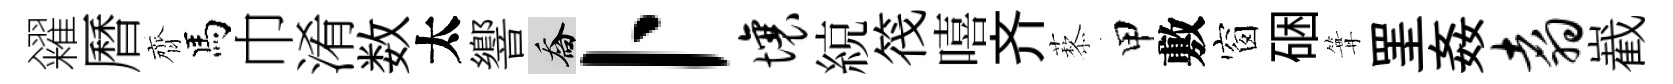
糴曆齊馬巾淆数太響喬卜壤綂筏嘻齐藜甲敷窗硱篝罣姦翥嶻